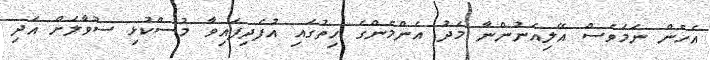
އެހެން ނަމަވެސް އޭލިއަނުންނާ މެދު އެންމެންގެ ހިތުގައި އުފެދިފައިވާ މުސްކުޅި ސުވާލަށް އަދި